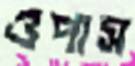
ওপাস